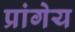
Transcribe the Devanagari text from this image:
प्रांगेय